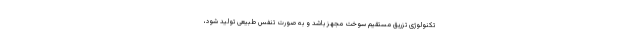
تکنولوژی تزریق مستقیم سوخت مجهز باشد و به صورت تنفس طبیعی تولید شود،